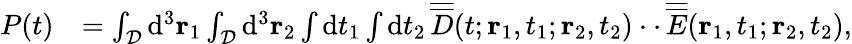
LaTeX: \begin{array}{rl}{P(t)}&{=\int_{\cal D}\mathrm{d}^{3}{\mathbf r}_{1}\int_{\cal D}\mathrm{d}^{3}{\mathbf r}_{2}\int\mathrm{d}t_{1}\int\mathrm{d}t_{2}\, \overline{{\overline{{D}}}}(t;{\mathbf r}_{1},t_{1};{\mathbf r}_{2},t_{2})\cdot\cdot\, \overline{{\overline{{E}}}}({\mathbf r}_{1},t_{1};{\mathbf r}_{2},t_{2}),}\end{array}